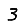
Digit: 3